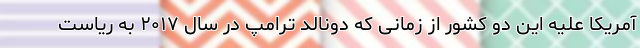
آمریکا علیه این دو کشور از زمانی که دونالد ترامپ در سال ۲۰۱۷ به ریاست